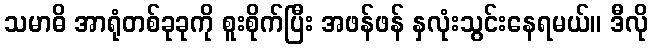
သမာဓိ အာရုံတစ်ခုခုကို စူးစိုက်ပြီး အဖန်ဖန် နှလုံးသွင်းနေရမယ်။ ဒီလို